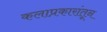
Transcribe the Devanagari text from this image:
कलाप्रकारांतून